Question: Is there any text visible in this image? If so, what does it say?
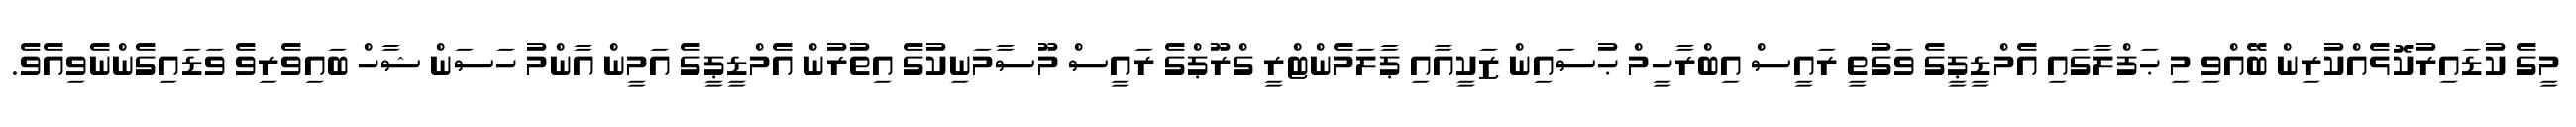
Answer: މީގެ ކުޑައިރުކޮޅެއްކުރިން ބޭއްވި މި ޙަފްލާގައި އެމްޑީޕީގެ ވަގުތީ ރައީސް އިބްރާހީމް ޙުސައިން ޒަކީއާއި ޕާލަމެންޓްރީ ގްރޫޕްގެ ރައީސް މޫސާމަނިކުގެ އިތުރުން އެމްޑީޕީގެ އަމީން އާންމު ހަސަން ޝާހް ބައިވެރިވެ ވަޑައިގެންނެވިއެވެ.